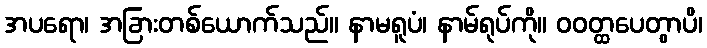
အပရော၊ အခြားတစ်ယောက်သည်။ နာမရူပံ၊ နာမ်ရုပ်ကို။ ဝဝတ္ထပေတွာပိ၊